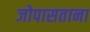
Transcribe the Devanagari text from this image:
जोपासताना